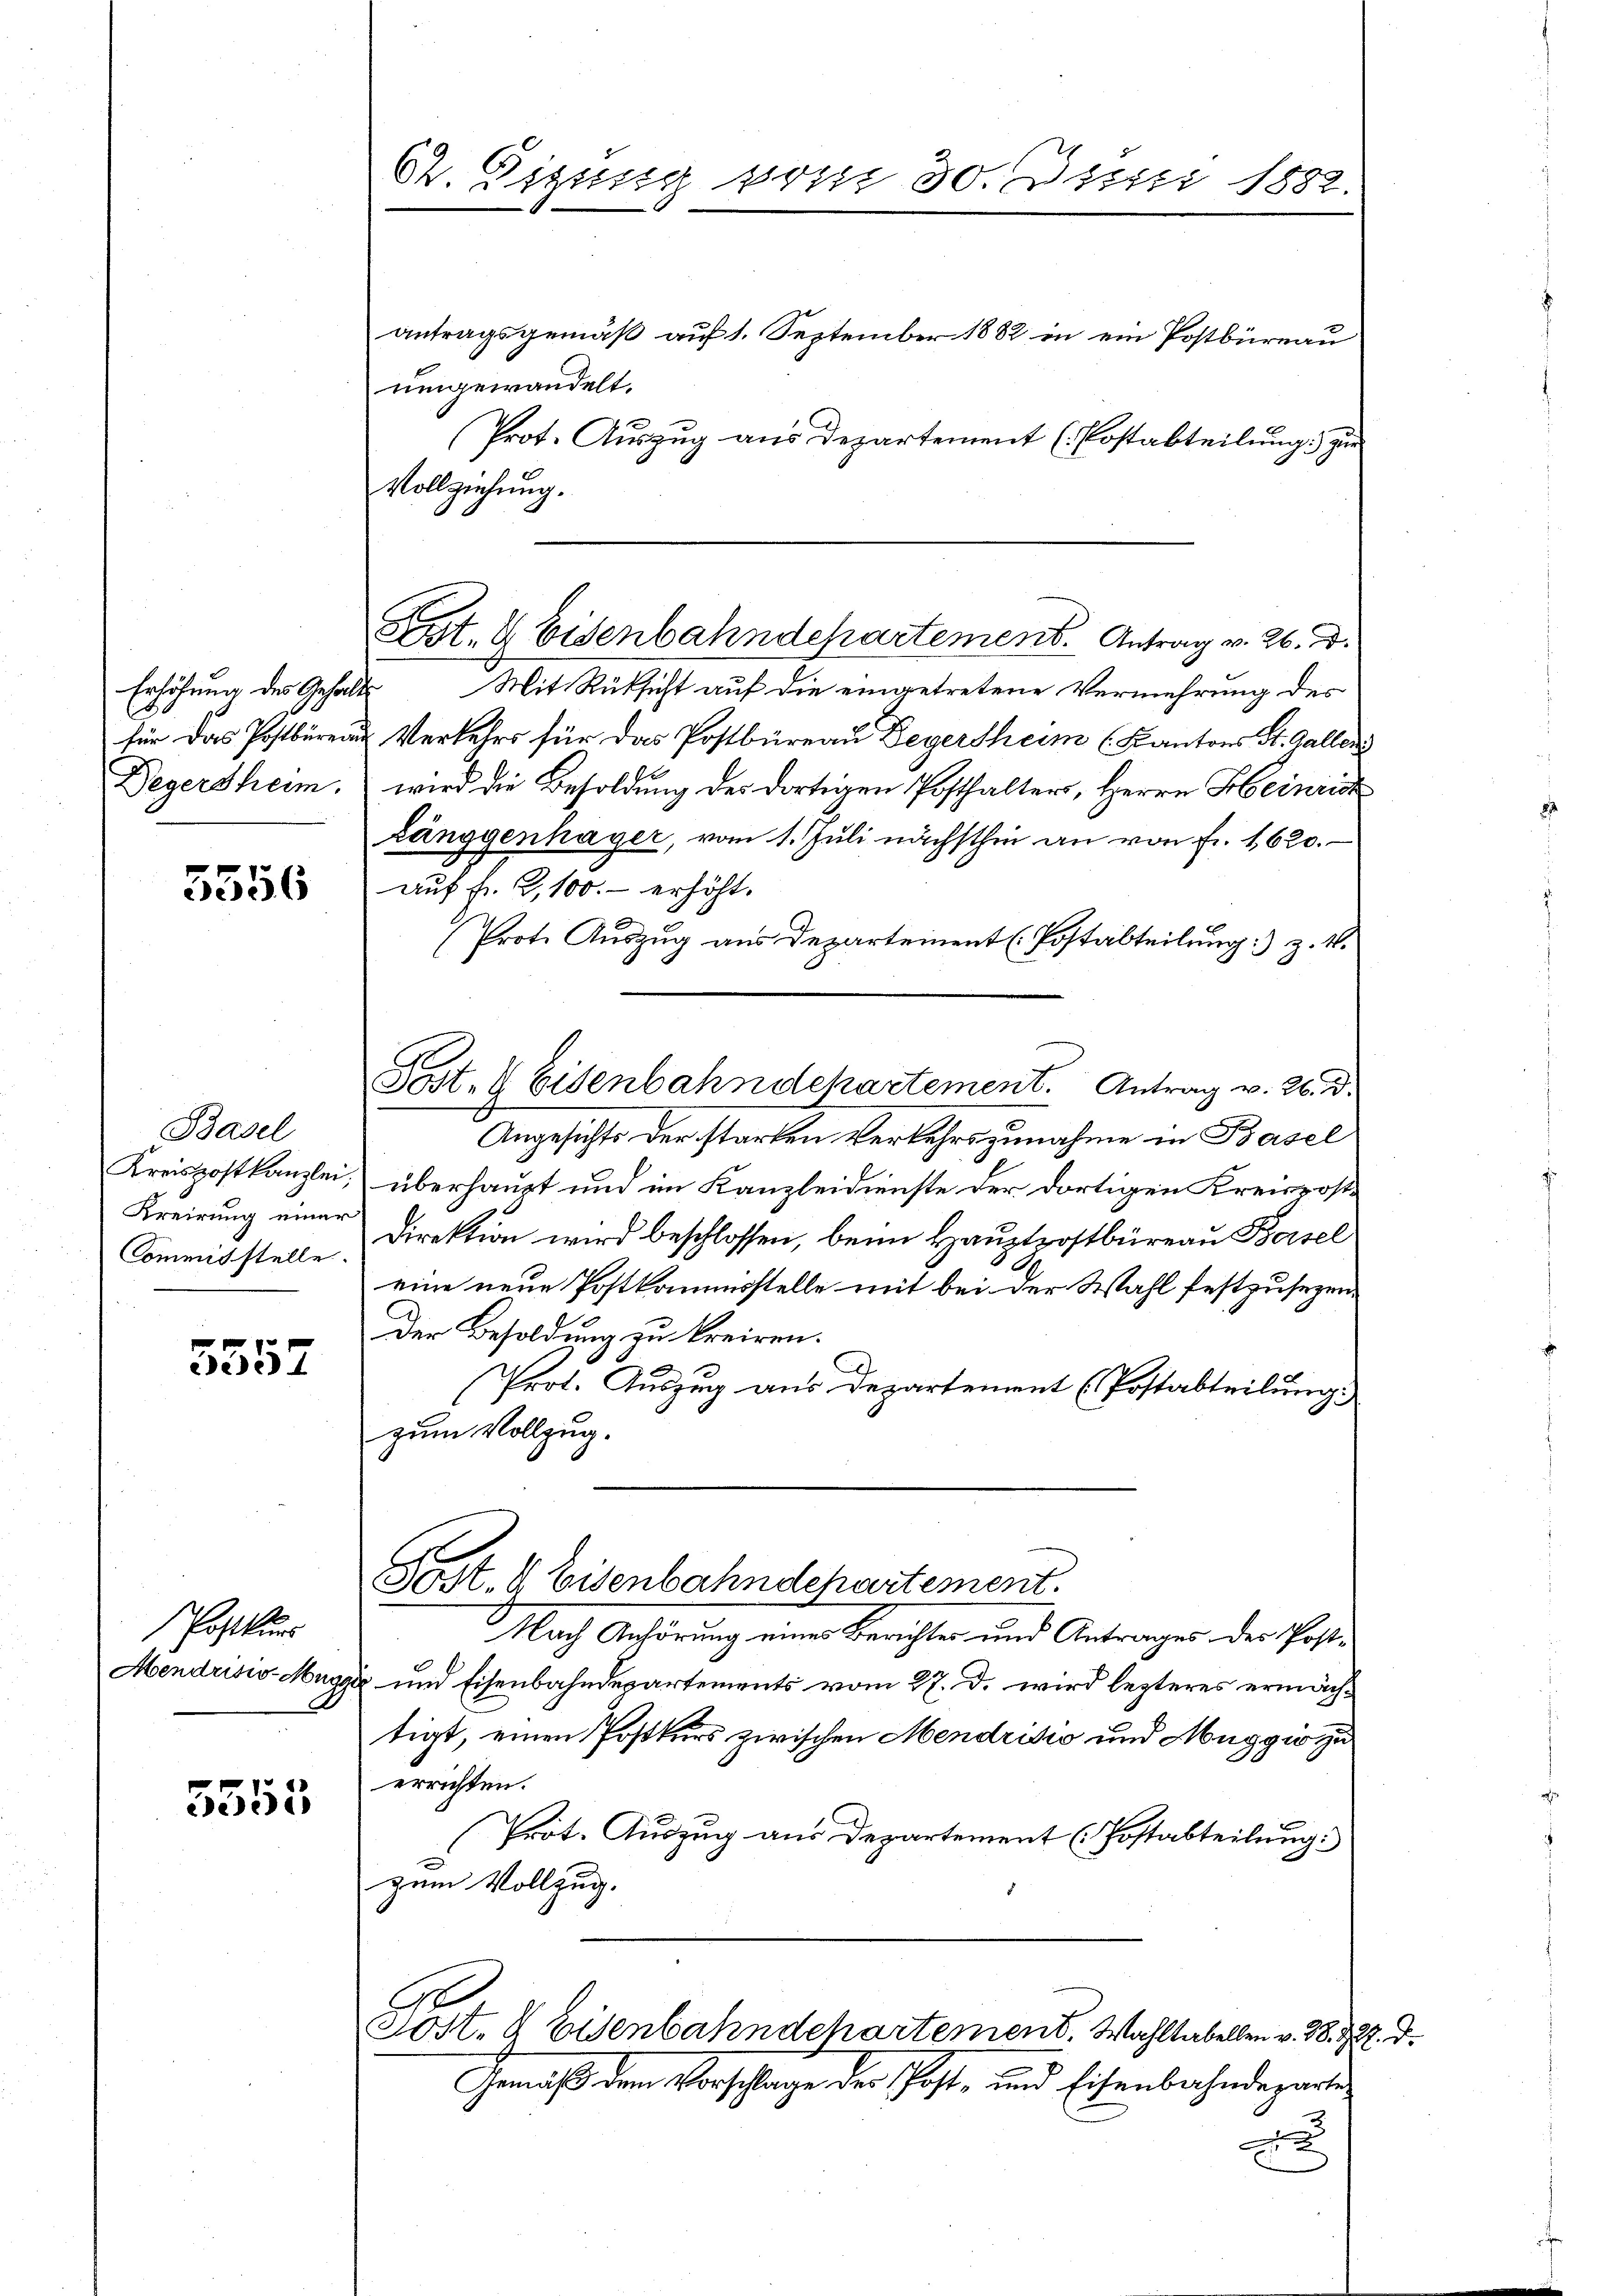
Degersheim.

5556

Basel
Kreirung einer
Commisstelle.

p
dedit

Postkurs

5555

Ct. Eigung vom 30. Juni 1882.

antragsgemäß auf 1. September 1882 in ein Postbüreau
umgewandelt.
Prot. Auszug aus Departement (Postabteilung zu
Vollziehung.
Erhöhung des Gehalts Mit Rüksicht auf die eingetretene Vermehrung des
für das Postbüren Verkehrs für das Postbüreau Degersheim (Kantons St. Gallens
wird die Besoldung des dortigen Posthalters, Herrn Heinric
Länggenhager, vom 1. Juli nächsthin an von fr. 1620.
auf Fr. 2, 100.- erhöht.
A
Prote Auszug aus Departement (Postabteilung) z. B.
Angesichts der starken Verkehrs zunahme in Basel
Kreispostkanzlei überhaupt und im Kanzleidienste der dortigen Kreiskost
Direktion wird beschlossen, beim Hauptpostbüreau Boisel
eine neue Postkommisstelle mit bei der Wahl festzusegene
Der Besoldung zu kreiren.
Prot. Auszug aus Departement (Postabteilung.
zum Vollzug.
Post. b Eisenbahndchartement.
Nach Anhörung einer Berichtes und Antrages der Post-
Mendrisiv-Muggi und Eisenbahndepartements vom 27. d. wird lezteres ermächtigt, einen Postkurs zwischen Mendrisio und Muggio zu
errichten.
Prot. Auszug aus Departement (Postabteilung.
e
zum Vollzug.
Sost. I Eisenbahndchartement. Wahltabellen v. 28. 722. d.
Gemäß dem Vorschlage der Post- und Eisenbahndepartix

Ct. 8 Eisenbahndepartement. Antrag v. 26. d.

Post. 8 Eisenbahndepartement. Antrag v. 26. d.